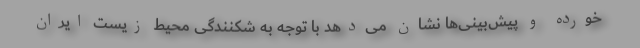
خورده و پیش‌بینی‌ها نشان می‌دهد با توجه به شکنندگی محیط زیست ایران